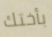
بأختك